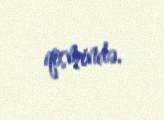
qismində.